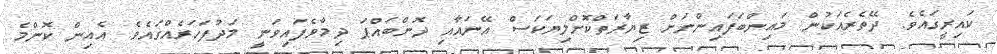
ކައިރީގައެވެ. ދޭތެރެއަކުން މައިންބަފައިންނަށް ޒިޔާރަތްކޮށްލިޔަކަސް އޭނައާއި ދޮންބައްޕަ ދިމާވެފައިވަނީ މަދުފަހަރެއްގައެވެ. އެއިން ކޮންމެ